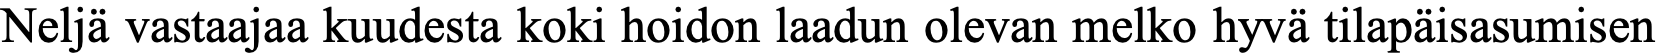
Neljä vastaajaa kuudesta koki hoidon laadun olevan melko hyvä tilapäisasumisen